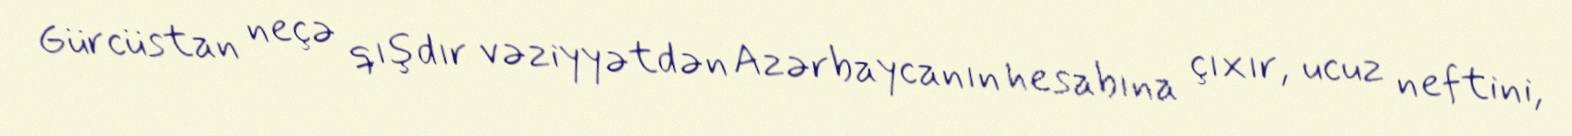
Gürcüstan neçə qışdır vəziyyətdən Azərbaycanın hesabına çıxır, ucuz neftini,